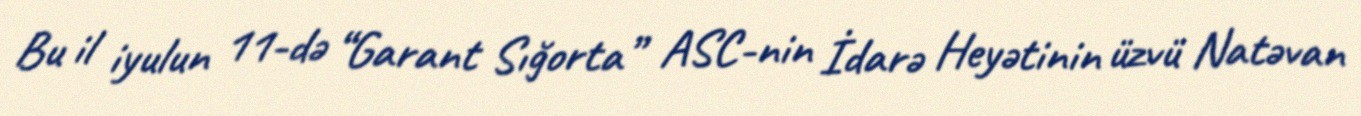
Bu il iyulun 11-də “Garant Sığorta” ASC-nin İdarə Heyətinin üzvü Natəvan